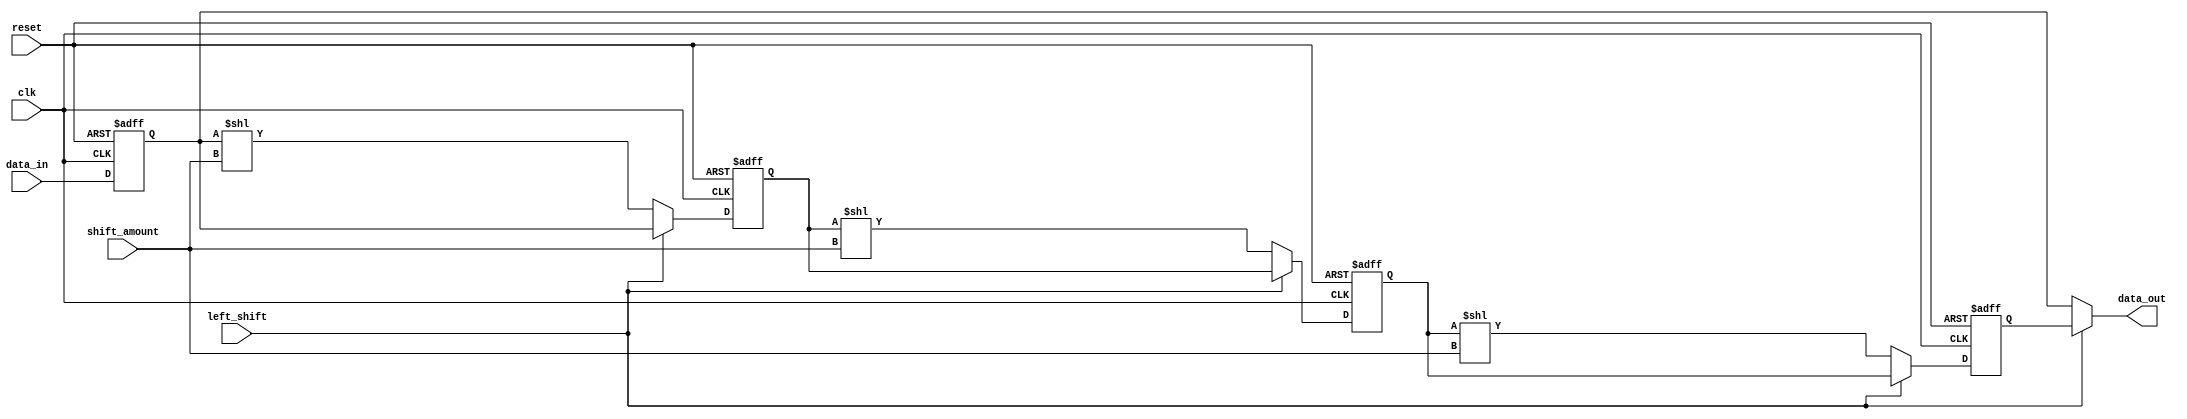
module barrel_shifter(input [7:0] data_in,
                        input [2:0] shift_amount,
                        input left_shift,
                        input clk,
                        input reset,
                        output [7:0] data_out);

reg [7:0] stage0, stage1, stage2, stage3;
reg [7:0] temp;

always @(posedge clk or posedge reset) begin
    if (reset) begin
        stage0 <= 8'b0;
        stage1 <= 8'b0;
        stage2 <= 8'b0;
        stage3 <= 8'b0;
    end else begin
        if (left_shift) begin
            stage0 <= data_in;
            stage1 <= stage0;
            stage2 <= stage1;
            stage3 <= stage2;
        end else begin
            stage0 <= data_in;
            stage1 <= stage0 << shift_amount;
            stage2 <= stage1 << shift_amount;
            stage3 <= stage2 << shift_amount;
        end
    end
end

always @(stage0, stage1, stage2, stage3) begin
    if (left_shift) begin
        data_out <= stage3;
    end else begin
        data_out <= stage0;
    end
end

endmodule